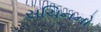
સચિનનો